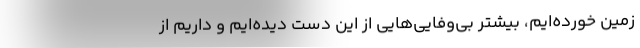
زمین خورده‌ایم، بیشتر بی‌وفایی‌هایی از این دست دیده‌ایم و داریم از